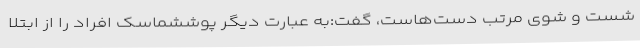
شست و شوی مرتب دست‌هاست، گفت:‌به عبارت دیگر پوششماسک افراد را از ابتلا